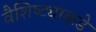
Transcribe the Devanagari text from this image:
वैशिष्ट्याकडे